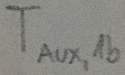
Text: TAUX,1b